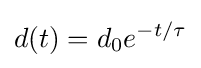
d(t)={d_{0}{e}^{-t/\tau }}